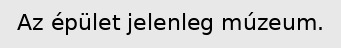
Az épület jelenleg múzeum.